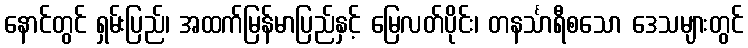
နောင်တွင် ရှမ်းပြည်၊ အထက်မြန်မာပြည်နှင့် မြေလတ်ပိုင်း၊ တနင်္သာရီစသော ဒေသများတွင်